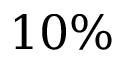
1 0 \%